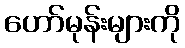
ဟော်မုန်းများကို